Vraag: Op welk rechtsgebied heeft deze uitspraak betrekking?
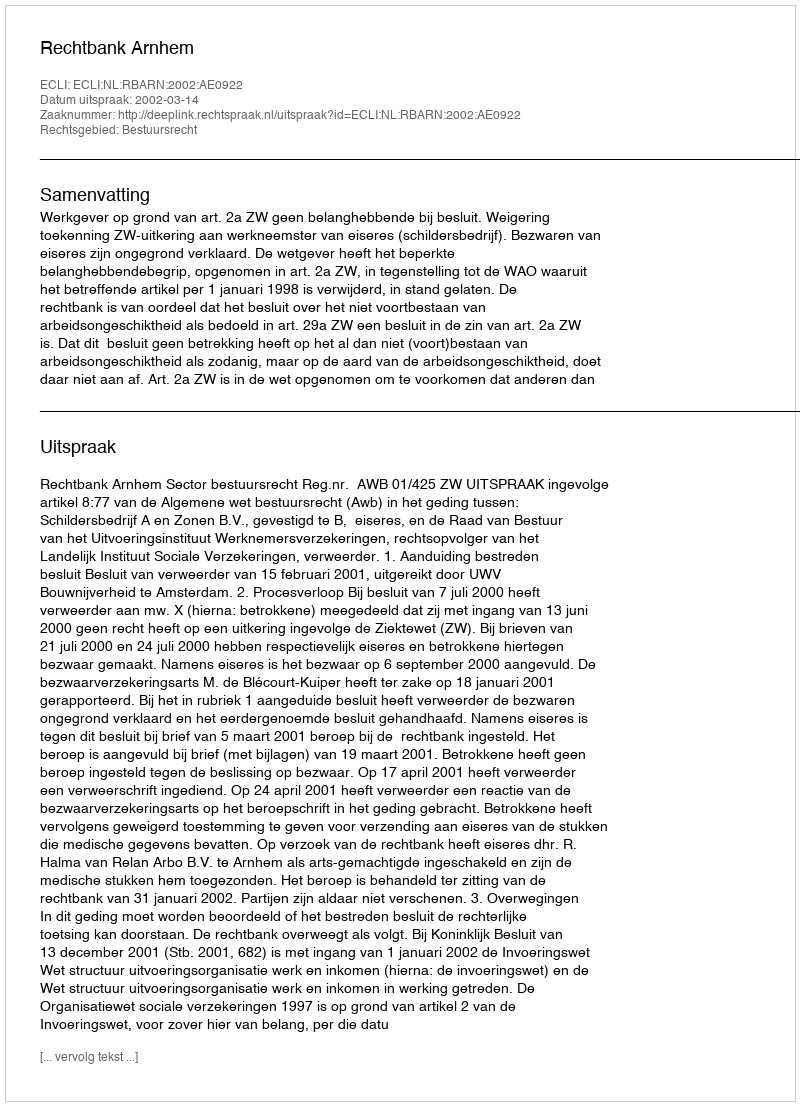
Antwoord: Bestuursrecht